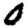
Digit: 0